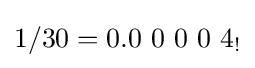
1/30=0.0\ 0\ 0\ 0\ 4_{!}